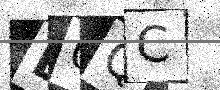
Text: L0QC